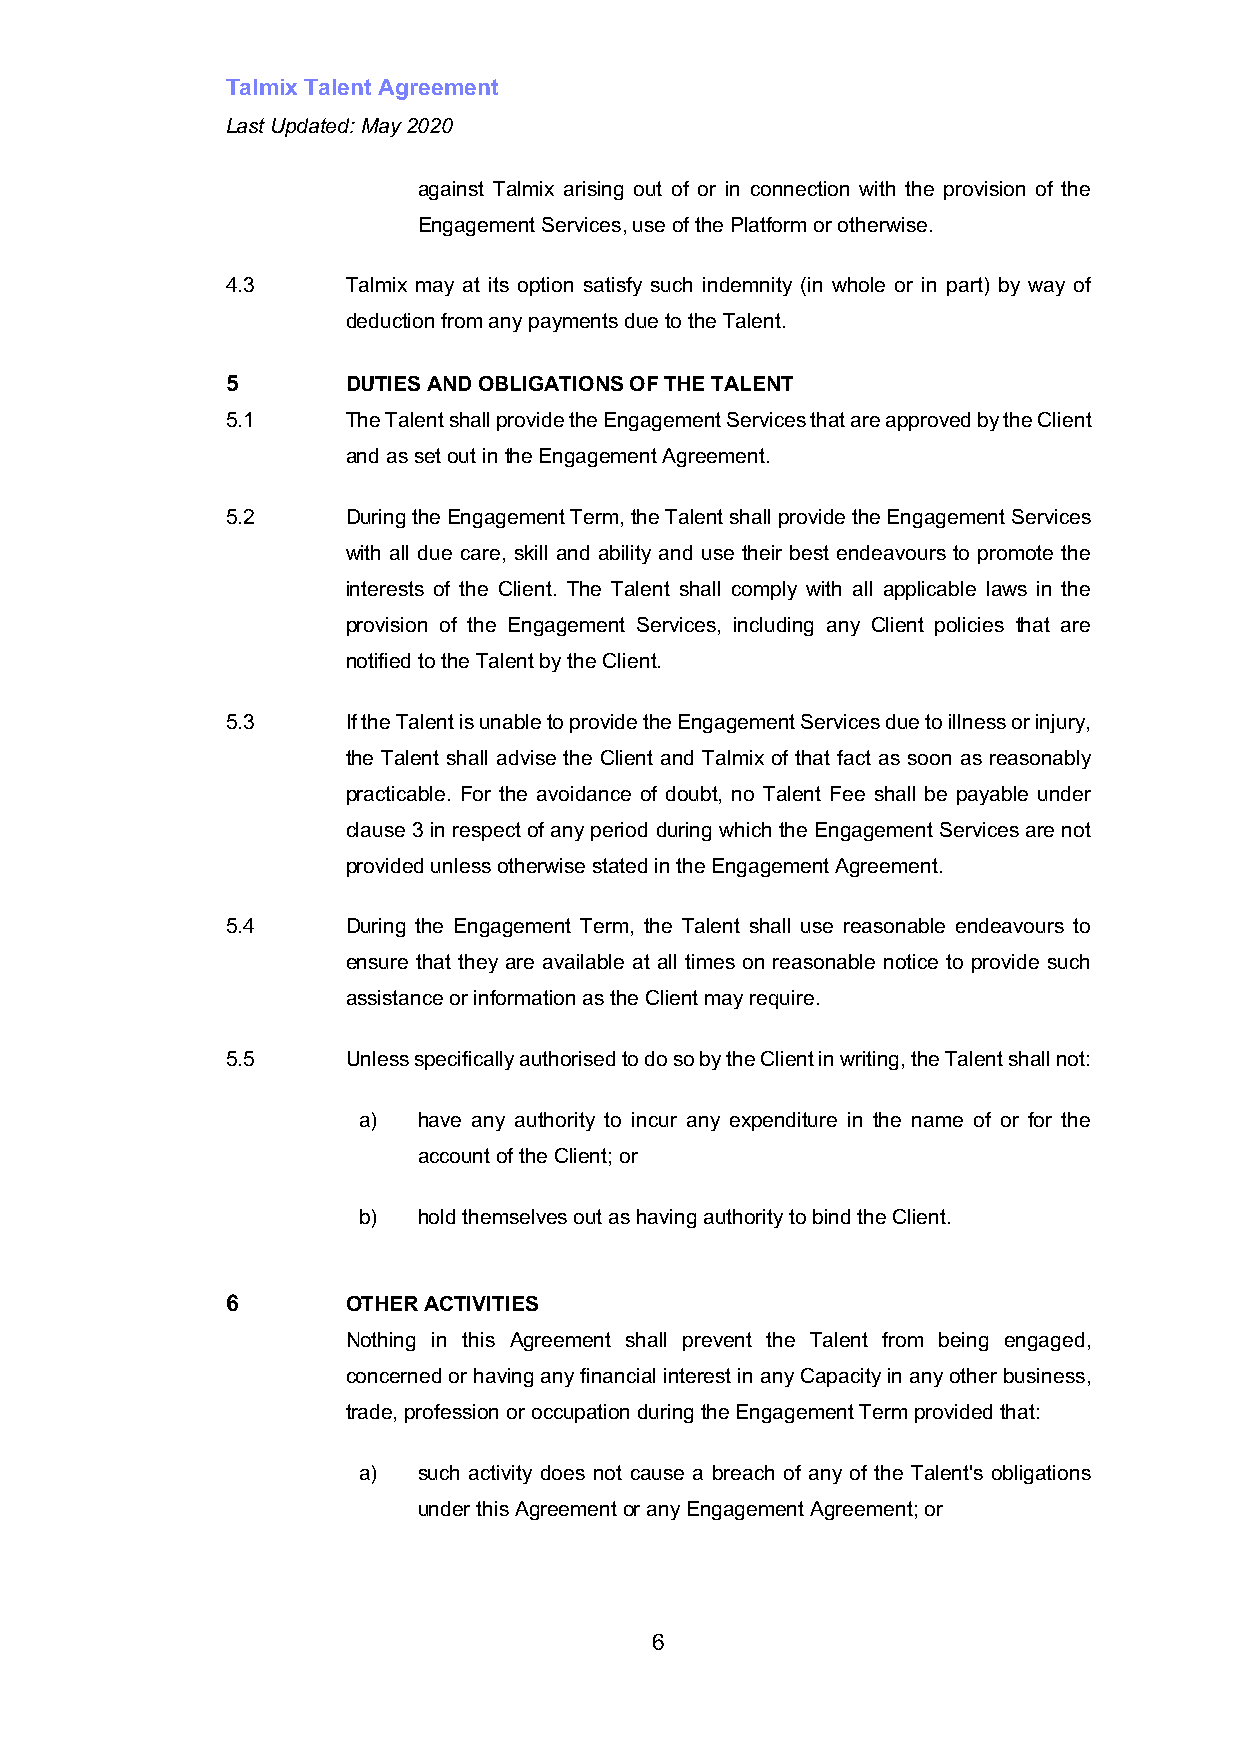
Talmix Talent Agreement
 Last Updated: May 2020
 against Talmix arising out of or in connection with the provision of the
 Engagement Services, use of the Platform or otherwise.
 4.3     Talmix may at its option satisfy such indemnity (in whole or in part) by way of
 deduction from any payments due to the Talent.
 5       DUTIES AND OBLIGATIONS OF THE TALENT
 5.1     The Talent shall provide the Engagement Services that are approved by the Client
 and as set out in the Engagement Agreement.
 5.2     During the Engagement Term, the Talent shall provide the Engagement Services
 with all due care, skill and ability and use their best endeavours to promote the
 interests of the Client. The Talent shall comply with all applicable laws in the
 provision of the Engagement Services, including any Client policies that are
 notified to the Talent by the Client.
 5.3     If the Talent is unable to provide the Engagement Services due to illness or injury,
 the Talent shall advise the Client and Talmix of that fact as soon as reasonably
 practicable. For the avoidance of doubt, no Talent Fee shall be payable under
 clause 3 in respect of any period during which the Engagement Services are not
 provided unless otherwise stated in the Engagement Agreement.
 5.4     During the Engagement Term, the Talent shall use reasonable endeavours to
 ensure that they are available at all times on reasonable notice to provide such
 assistance or information as the Client may require.
 5.5     Unless specifically authorised to do so by the Client in writing, the Talent shall not:
 a)  have any authority to incur any expenditure in the name of or for the
 account of the Client; or
 b)  hold themselves out as having authority to bind the Client.
 6       OTHER ACTIVITIES
 Nothing in this Agreement shall prevent the Talent from being engaged,
 concerned or having any financial interest in any Capacity in any other business,
 trade, profession or occupation during the Engagement Term provided that:
 a)  such activity does not cause a breach of any of the Talent's obligations
 under this Agreement or any Engagement Agreement; or
 6